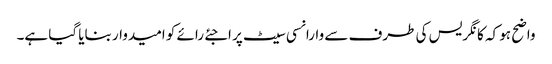
واضح ہو کہ کانگریس کی طرف سے وارانسی سیٹ پر اجئے رائے کو امیدوار بنایا گیا ہے۔